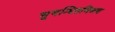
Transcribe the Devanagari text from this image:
सुगन्धितमिश्रण